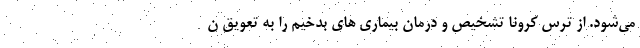
می‌شود. از ترس کرونا تشخیص و درمان بیماری های بدخیم را به تعویق ن